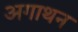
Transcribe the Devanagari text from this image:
अगाथन